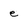
Character: e